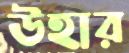
উহার